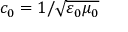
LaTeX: c _ { 0 } = 1 / { \sqrt { \varepsilon _ { 0 } \mu _ { 0 } } }